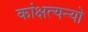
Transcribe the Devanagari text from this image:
कांक्षत्यन्यो